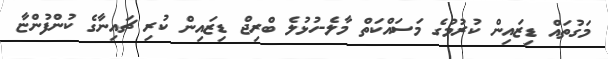
މަގުތައް ޑިޒައިން ކުރުމުގެ މަސައްކަތް މާލެ-ހުޅުލެ ބްރިޖް ޑިޒައިން ކުރި ޗައިނާގެ ކުންފުންޏާ